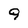
Character: 9